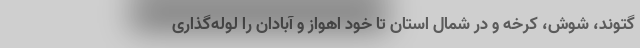
گتوند، شوش، کرخه و در شمال استان تا خود اهواز و آبادان را لوله‌گذاری